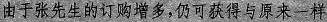
由于张先生的订购增多，仍可获得与原来一样